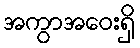
အကွာအဝေးရှိ